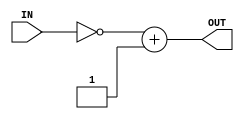
/*
E/16/070
DE SILVA N.S.C.K.S.
LAB05 PART3 - two's complemnt
*/

// twos's complement unit
module twos_complement (OUT, IN);
	// port declaration
	input [7:0] IN ;
	output reg [7:0] OUT ;

	// two's complement unit sensitive for the input signal 
	// letancy is two time units
	always @ (IN)
	begin
	// assign to the output the two's complement value of given input data
	#1 OUT = ~IN + 8'd1 ; // invert the input signal and add one

	end

endmodule